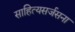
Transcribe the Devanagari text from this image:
साहित्यसर्जसना